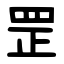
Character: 罡